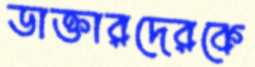
ডাক্তারদেরকে